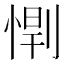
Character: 𫺥